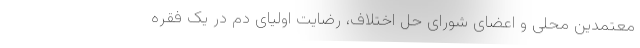
معتمدین محلی و اعضای شورای حل اختلاف، رضایت اولیای دم در یک فقره